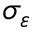
\sigma _ { \varepsilon }